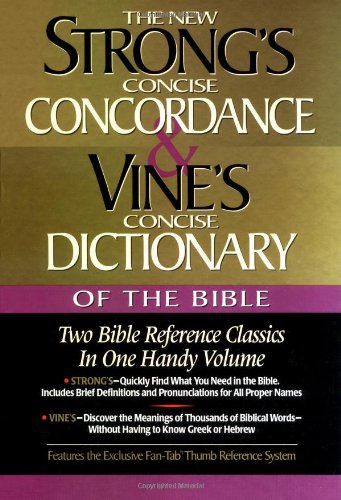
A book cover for Strong's Concise Concordance And Vine's Concise Dictionary Of The Bible Two Bible Reference Classics In One Handy Volume; James Strong; Christian Books & Bibles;